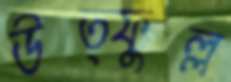
উত্ফুল্ল